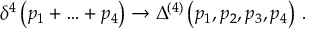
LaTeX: \delta ^ { 4 } \left( p _ { 1 } + \ldots + p _ { 4 } \right) \to \Delta ^ { ( 4 ) } \left( p _ { 1 } , p _ { 2 } , p _ { 3 } , p _ { 4 } \right) \, .